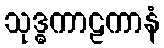
သုဒ္ဓကာဠကာနံ